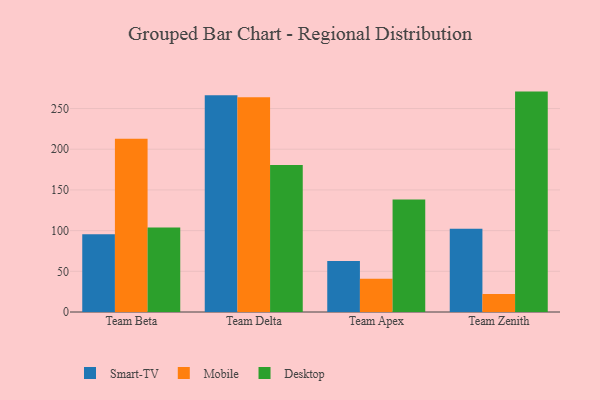
{"axis": {"x": "Team", "y": "Conversion Rate (%)"}, "legend": ["Desktop", "Mobile", "Smart-TV"], "data": [{"x": "Team Beta", "y": 95.6, "type": "Smart-TV"}, {"x": "Team Beta", "y": 212.9, "type": "Mobile"}, {"x": "Team Beta", "y": 103.9, "type": "Desktop"}, {"x": "Team Delta", "y": 266.3, "type": "Smart-TV"}, {"x": "Team Delta", "y": 263.9, "type": "Mobile"}, {"x": "Team Delta", "y": 180.7, "type": "Desktop"}, {"x": "Team Apex", "y": 62.7, "type": "Smart-TV"}, {"x": "Team Apex", "y": 41.0, "type": "Mobile"}, {"x": "Team Apex", "y": 138.1, "type": "Desktop"}, {"x": "Team Zenith", "y": 102.3, "type": "Smart-TV"}, {"x": "Team Zenith", "y": 22.2, "type": "Mobile"}, {"x": "Team Zenith", "y": 270.8, "type": "Desktop"}]}